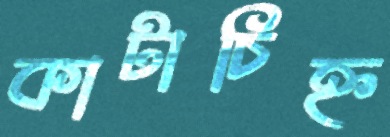
কাটাচিহ্ন